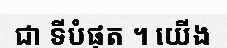
ជា ទីបំផុត ។ យើង